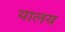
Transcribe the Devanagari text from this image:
यालय